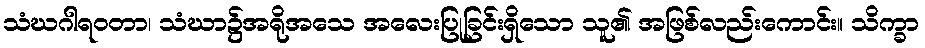
သံဃဂါရဝတာ၊ သံဃာ၌အရိုအသေ အလေးပြုခြင်းရှိသော သူ၏ အဖြစ်လည်းကောင်း။ သိက္ခာ